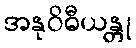
အနုဝိဓီယန္တု